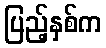
ပြည့်နှစ်က